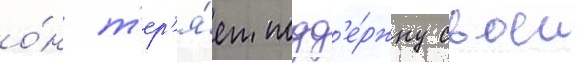
о́н т'ер'я́ет подд'е́ржку своеи